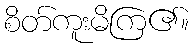
စိတ်ကူးမိကြ၏။